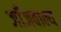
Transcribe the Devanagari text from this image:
जाँजवाल्य